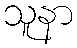
သူနာ